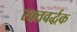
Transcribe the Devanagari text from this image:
रक्तवर्द्धक